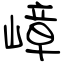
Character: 嶂